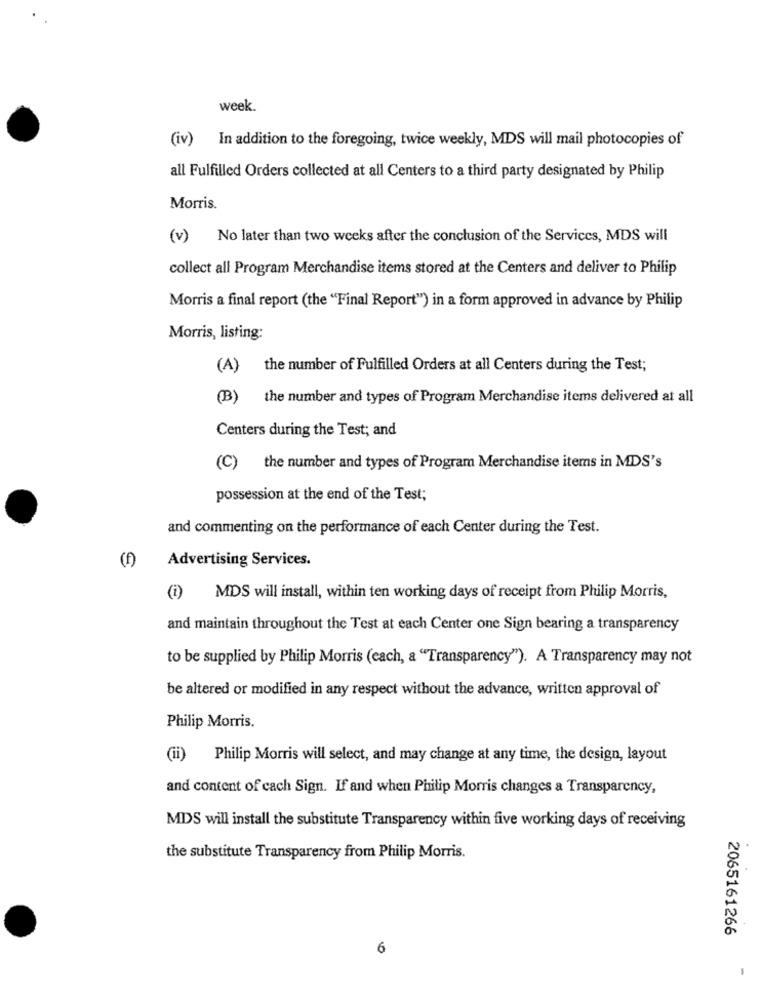
week.
(iv) In addition to the foregoing, twice weekly, MDS will mail photocopies of
all Fulfilled Orders collected at all Centers to a third party designated by Philip
Morris.
(v) No later than two weeks after the conclusion of the Services, MDS will
collect all Program Merchandise items stored at the Centers and deliver to Philip
Morris a final report (the "Final Report") in a form approved in advance by Philip
Morris, listing:
(A) the number of Fulfilled Orders at all Centers during the Test;
(B) the number and types of Program Merchandise items delivered at all
Centers during the Test; and
(C) the number and types of Program Merchandise items in MDS's
possession at the end of the Test;
and commenting on the performance of each Center during the Test.
(f)
Advertising Services.
(i)
MDS will install, within ten working days of receipt from Philip Morris,
and maintain throughout the Test at each Center one Sign bearing a transparency
to be supplied by Philip Morris (cach, a "Transparency"). A Transparency may not
be altered or modified in any respect without the advance, written approval of
Philip Morris.
(ii) Philip Morris will select, and may change at any time, the design, layout
and content of cach Sign. If and when Philip Morris changes a Transparency,
MDS will install the substitute Transparency within five working days of receiving
the substitute Transparency from Philip Morris.
2065161266
6